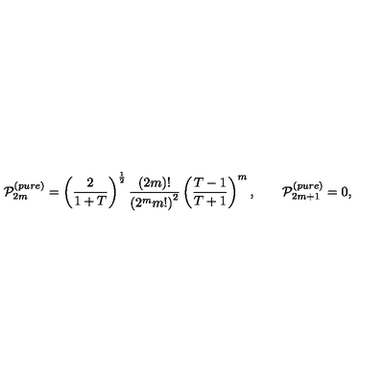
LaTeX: { \cal P } _ { 2 m } ^ { ( p u r e ) } = \left( \frac 2 { 1 + T } \right) ^ { \frac 1 2 } \frac { ( 2 m ) ! } { \left( 2 ^ { m } m ! \right) ^ { 2 } } \left( \frac { T - 1 } { T + 1 } \right) ^ { m } , \qquad { \cal P } _ { 2 m + 1 } ^ { ( p u r e ) } = 0 ,